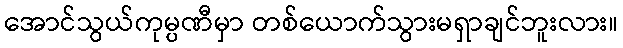
အောင်သွယ်ကုမ္ပဏီမှာ တစ်ယောက်သွားမရှာချင်ဘူးလား။